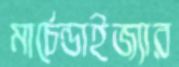
মার্চেন্ডাইজ্যার